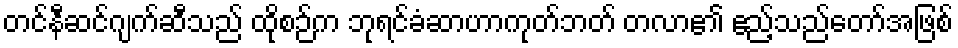
တင်နီဆင်ဂျက်ဆီသည် ထိုစဉ်က ဘုရင်ခံဆာဟာကုတ်ဘတ် တလာ၏ ဧည့်သည်တော်အဖြစ်